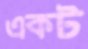
একট